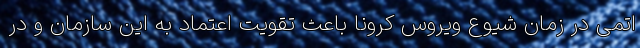
اتمی در زمان شیوع ویروس کرونا باعث تقویت اعتماد به این سازمان و در